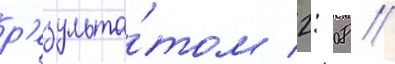
р'езульта́том 2: 08 //